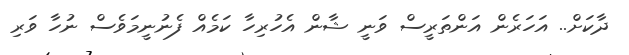
ދާކަށް.. އަހަރެން އަންތަރީސް ވަނީ ޝާން އެހުރިހާ ކަމެއް ފެނުނީމަވެސް ނުހާ ވަރި